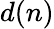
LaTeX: d(n)